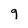
Character: 9